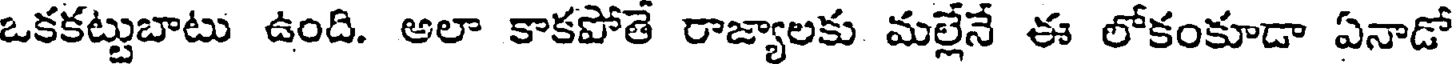
ఒకకట్టుబాటు ఉంది. అలా కాకపోతే రాజ్యాలకు మల్లేనే ఈ లోకంకూడా ఏనాడో